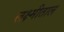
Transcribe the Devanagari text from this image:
लक्ष्मीताल